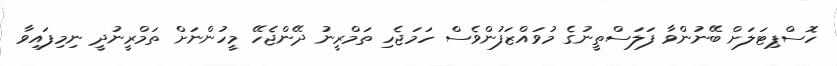
ހޮސްޕިޓަލަށް ބޭނުންވާ ފަލަސްތީނުގެ މުވައްޒަފުންވެސް ހަމަޖެހި ތަމްރީނު ދޭންޖެހޭ މީހުންނަށް ތަމްރީނުދީ ނިމިފައިވާ